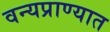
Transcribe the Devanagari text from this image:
वन्यप्राण्यात